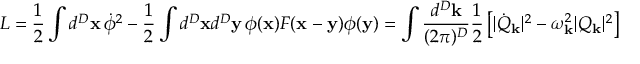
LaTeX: L = { \frac { 1 } { 2 } } \int d ^ { D } { \bf x } \, \dot { \phi } ^ { 2 } - { \frac { 1 } { 2 } } \int d ^ { D } { \bf x } d ^ { D } { \bf y } \, \phi ( { \bf x } ) F ( { \bf x } - { \bf y } ) \phi ( { \bf y } ) = \int { \frac { d ^ { D } { \bf k } } { ( 2 \pi ) ^ { D } } } { \frac { 1 } { 2 } } \left[ | \dot { Q } _ { \bf k } | ^ { 2 } - \omega _ { \bf k } ^ { 2 } | Q _ { \bf k } | ^ { 2 } \right]